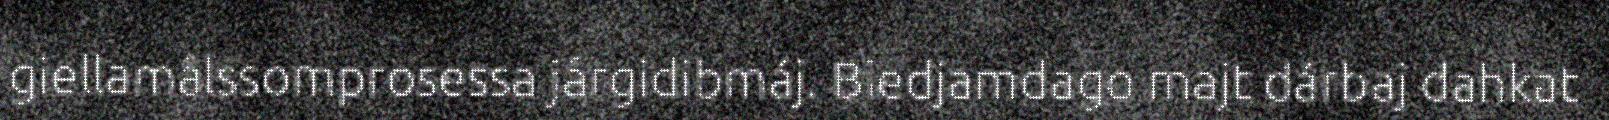
giellamålssomprosessa jårgidibmáj. Biedjamdago majt dárbaj dahkat